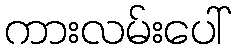
ကားလမ်းပေါ်